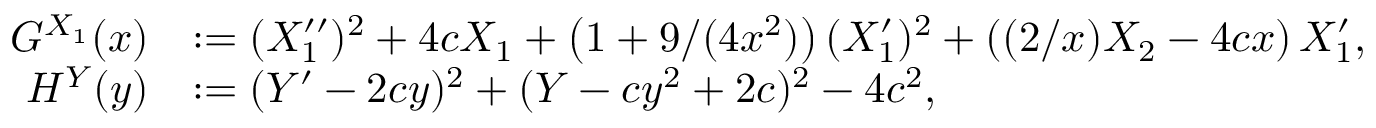
\begin{array} { r l } { G ^ { X _ { 1 } } ( x ) } & { : = ( X _ { 1 } ^ { \prime \prime } ) ^ { 2 } + 4 c X _ { 1 } + \left( 1 + 9 / ( 4 x ^ { 2 } ) \right) ( X _ { 1 } ^ { \prime } ) ^ { 2 } + \left( ( 2 / x ) X _ { 2 } - 4 c x \right) X _ { 1 } ^ { \prime } , } \\ { H ^ { Y } ( y ) } & { : = ( Y ^ { \prime } - 2 c y ) ^ { 2 } + ( Y - c y ^ { 2 } + 2 c ) ^ { 2 } - 4 c ^ { 2 } , } \end{array}